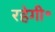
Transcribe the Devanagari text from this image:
रहेगी॰